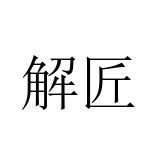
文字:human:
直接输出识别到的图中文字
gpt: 解匠